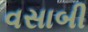
વસાબી